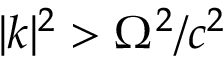
| { \boldsymbol { k } } | ^ { 2 } > \Omega ^ { 2 } / c ^ { 2 }